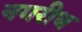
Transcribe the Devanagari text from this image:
नगरीध